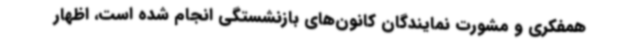
همفکری و مشورت نمایندگان کانون‌های بازنشستگی انجام شده است، اظهار